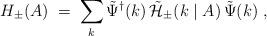
LaTeX: \begin{align*}H_{\pm}(A) \;=\; \sum_{k} {\tilde{\Psi}}^{\dagger} (k)\,{\tilde{\cal H}}_{\pm} (k\mid A) \, {\tilde{\Psi}}(k)\;,\end{align*}